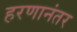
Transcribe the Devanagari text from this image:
हरणानंतर